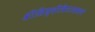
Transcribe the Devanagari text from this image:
श्रीसिध्दीविनायकाचे